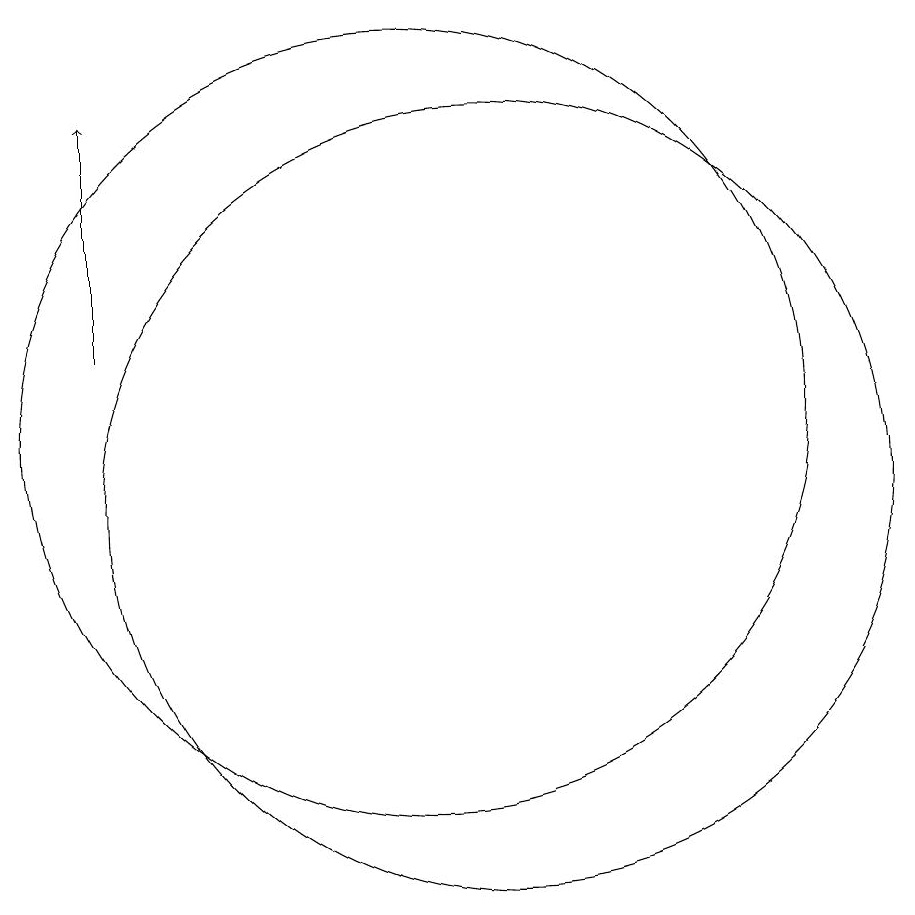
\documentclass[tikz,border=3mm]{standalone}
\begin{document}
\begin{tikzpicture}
\draw (12,11) circle (5);
\draw (11,12) circle (5);
\draw[->] (7,13) -- (7,16);
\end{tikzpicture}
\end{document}